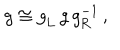
g \cong g _ { \mathrm { L } } ^ { \vphantom 1 } \, g \, g _ { \mathrm { R } } ^ { - 1 } \, ,